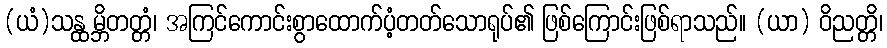
(ယံ)သန္ထမ္ဘိတတ္တံ၊ အကြင်ကောင်းစွာထောက်ပံ့တတ်သောရုပ်၏ ဖြစ်ကြောင်းဖြစ်ရာသည်။ (ယာ) ဝိညတ္တိ၊